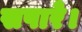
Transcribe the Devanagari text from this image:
सपारे।